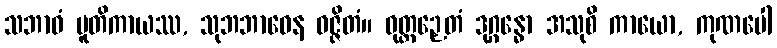
သဘာဝံ ပူတိကာယဿ, သုဘဘာဝေန ဝဇ္ဇိတံ။ ဝုတ္တဉှေတံ ဒုဂ္ဂန္ဓော အသုစိ ကာယော, ကုဏပေါ